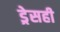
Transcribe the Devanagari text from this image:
ड्रेसही